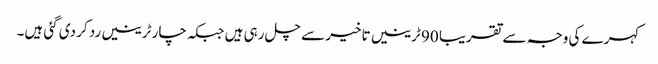
کہرے کی وجہ سے تقریبا 90 ٹرینیں تاخیر سے چل رہی ہیں جبکہ چار ٹرینیں رد کر دی گئی ہیں۔